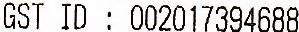
GST ID: 002017394688